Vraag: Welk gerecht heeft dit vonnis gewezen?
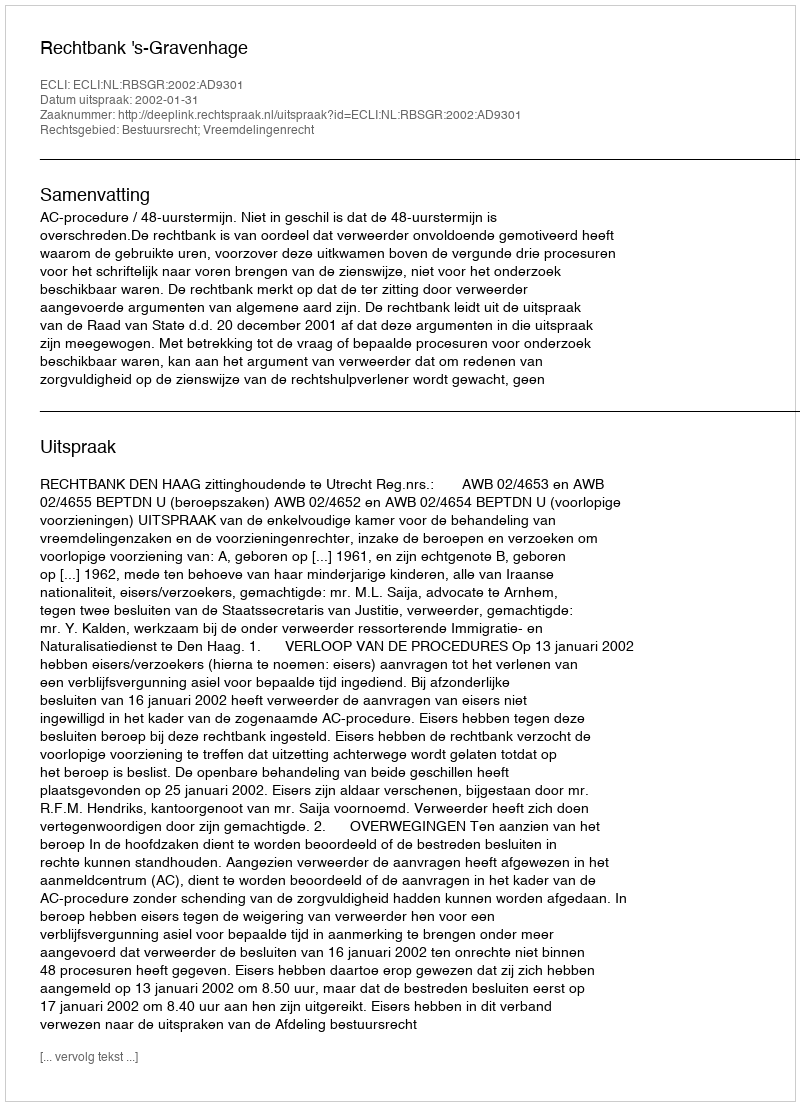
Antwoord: Rechtbank 's-Gravenhage